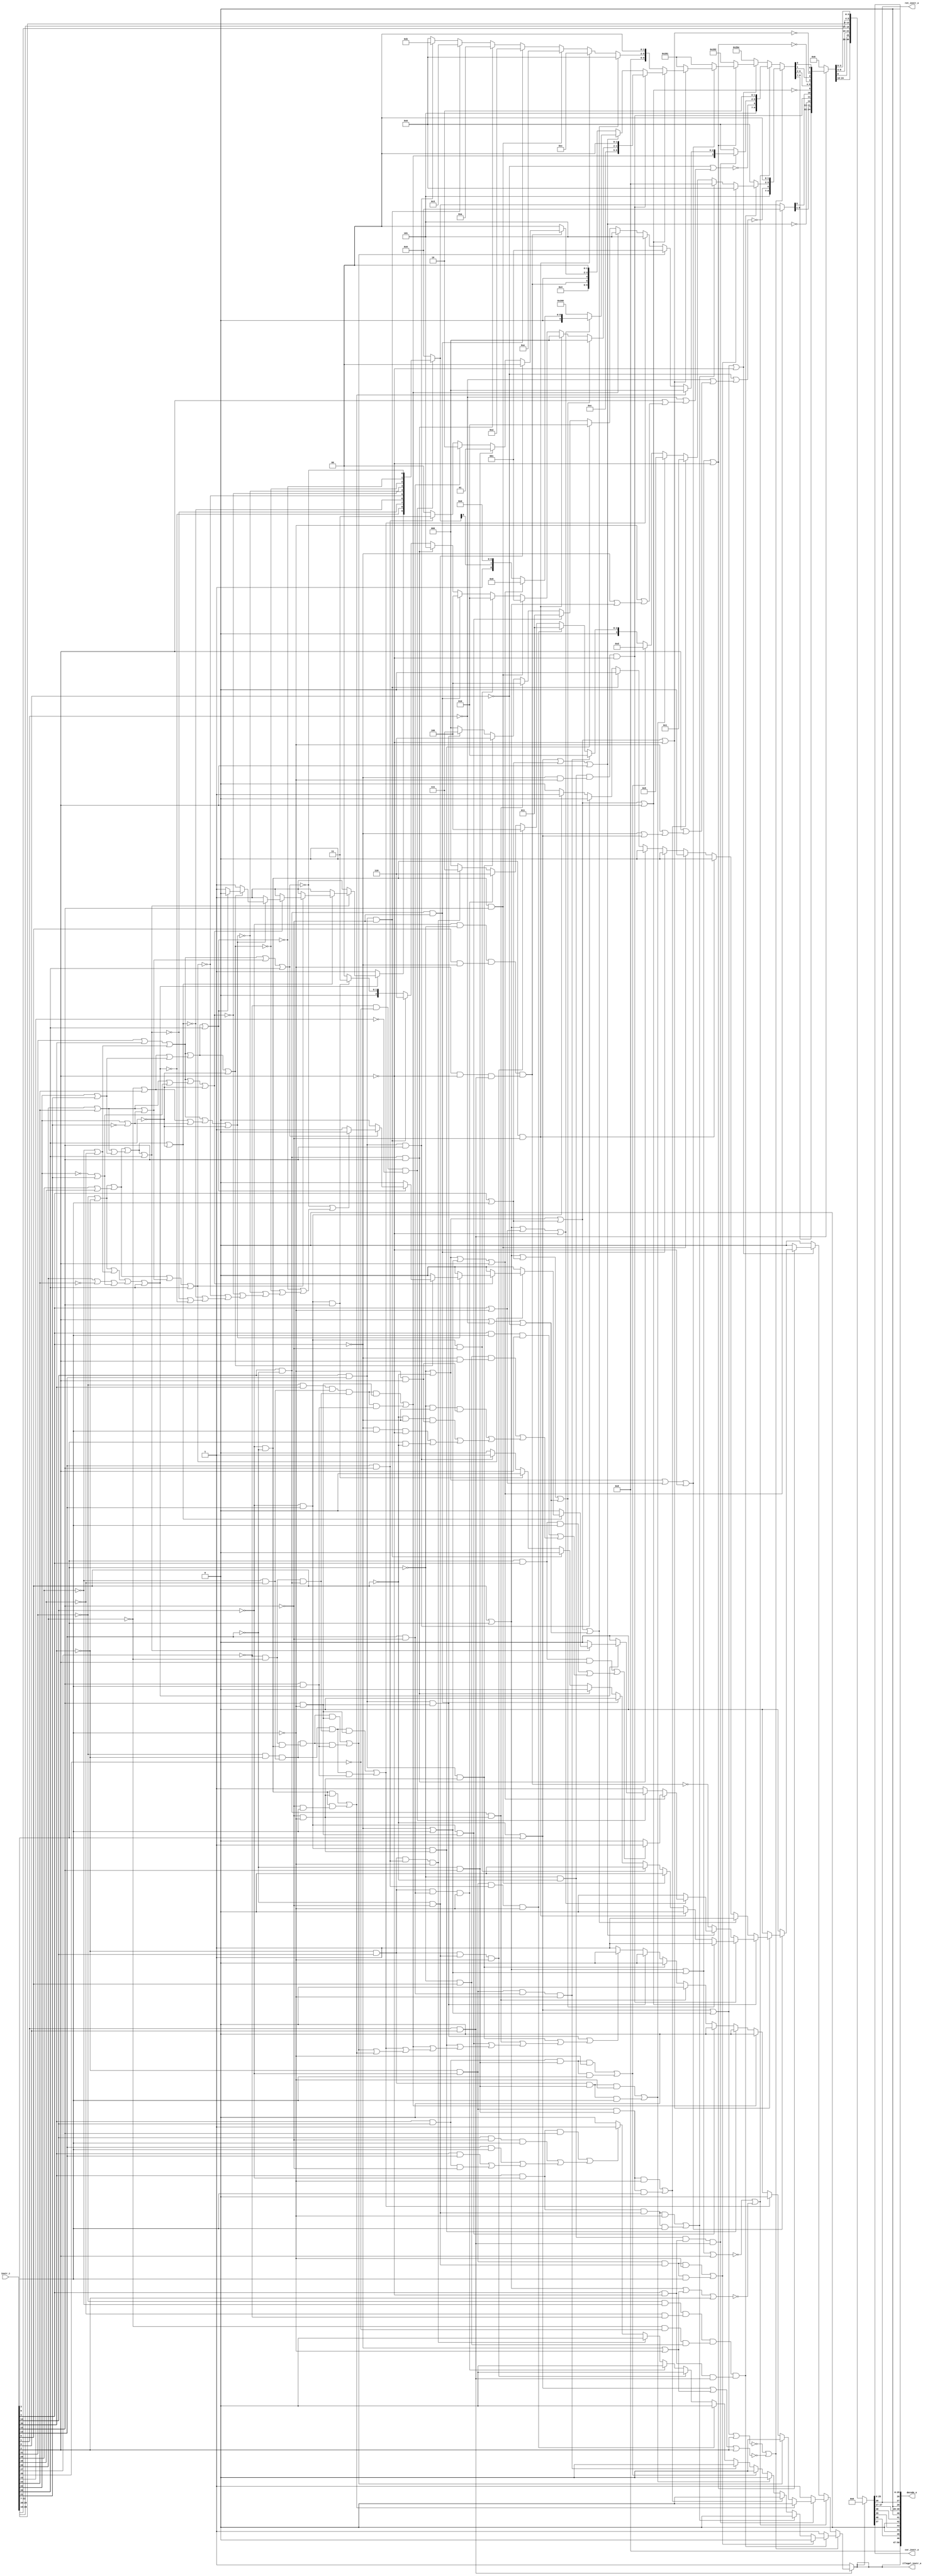
module bp_be_instr_decoder
(
  instr_i,
  decode_o,
  illegal_instr_o,
  ret_instr_o,
  csr_instr_o
);

  input [31:0] instr_i;
  output [50:0] decode_o;
  output illegal_instr_o;
  output ret_instr_o;
  output csr_instr_o;
  wire [50:0] decode_o;
  wire illegal_instr_o,ret_instr_o,csr_instr_o,N0,N1,N2,N3,N4,N5,N6,N7,N8,N9,N10,N11,
  N12,N13,N14,N15,N16,N17,N18,N19,N20,N21,N22,N23,N24,N25,N26,N27,N28,N29,N30,N31,
  N32,N33,N34,N35,N36,N37,N38,N39,N40,N41,N42,N43,N44,N45,N46,N47,N48,N49,N50,N51,
  N52,N53,N54,N55,N56,N57,N58,N59,N60,N61,N62,N63,N64,N65,N66,N67,N68,N69,N70,N71,
  N72,N73,N74,N75,N76,N77,N78,N79,N80,N81,N82,N83,N84,N85,N86,N87,N88,N89,N90,N91,
  N92,N93,N94,N95,N96,N97,N98,N99,N100,N101,N102,N103,N104,N105,N106,N107,N108,N109,
  N110,N111,N112,N113,N114,N115,N116,N117,N118,N119,N120,N121,N122,N123,N124,N125,
  N126,N127,N128,N129,N130,N131,N132,N133,N134,N135,N136,N137,N138,N139,N140,N141,
  N142,N143,N144,N145,N146,N147,N148,N149,N150,N151,N152,N153,N154,N155,N156,N157,
  N158,N159,N160,N161,N162,N163,N164,N165,N166,N167,N168,N169,N170,N171,N172,N173,
  N174,N175,N176,N177,N178,N179,N180,N181,N182,N183,N184,N185,N186,N187,N188,N189,
  N190,N191,N192,N193,N194,N195,N196,N197,N198,N199,N200,N201,N202,N203,N204,N205,
  N206,N207,N208,N209,N210,N211,N212,N213,N214,N215,N216,N217,N218,N219,N220,N221,
  N222,N223,N224,N225,N226,N227,N228,N229,N230,N231,N232,N233,N234,N235,N236,N237,
  N238,N239,N240,N241,N242,N243,N244,N245,N246,N247,N248,N249,N250,N251,N252,N253,
  N254,N255,N256,N257,N258,N259,N260,N261,N262,N263,N264,N265,N266,N267,N268,N269,
  N270,N271,N272,N273,N274,N275,N276,N277,N278,N279,N280,N281,N282,N283,N284,N285,
  N286,N287,N288,N289,N290,N291,N292,N293,N294,N295,N296,N297,N298,N299,N300,N301,
  N302,N303,N304,N305,N306,N307,N308,N309,N310,N311,N312,N313,N314,N315,N316,N317,
  N318,N319,N320,N321,N322,N323,N324,N325,N326,N327,N328,N329,N330,N331,N332,N333,
  N334,N335,N336,N337,N338,N339,N340,N341,N342,N343,N344,N345,N346,N347,N348,N349,
  N350,N351,N352,N353,N354,N355,N356,N357,N358,N359,N360,N361,N362,N363,N364,N365,
  N366,N367,N368,N369,N370,N371,N372,N373,N374,N375,N376,N377,N378,N379,N380,N381,
  N382,N383,N384,N385,N386,N387,N388,N389,N390,N391,N392,N393,N394,N395,N396,N397,
  N398,N399,N400,N401,N402,N403,N404,N405,N406,N407,N408,N409,N410,N411,N412,N413,
  N414,N415,N416,N417,N418,N419,N420,N421,N422,N423,N424,N425,N426,N427,N428,N429,
  N430,N431,N432,N433,N434,N435,N436,N437,N438,N439,N440,N441,N442,N443,N444,N445,
  N446,N447,N448,N449,N450,N451,N452,N453,N454,N455,N456,N457,N458;
  assign decode_o[50] = 1'b1;
  assign decode_o[26] = 1'b0;
  assign decode_o[28] = 1'b0;
  assign decode_o[40] = 1'b0;
  assign decode_o[42] = 1'b0;
  assign decode_o[44] = 1'b0;
  assign decode_o[47] = 1'b0;
  assign decode_o[48] = 1'b0;
  assign decode_o[49] = 1'b0;
  assign csr_instr_o = decode_o[39];
  assign ret_instr_o = decode_o[27];
  assign N65 = instr_i[1] & instr_i[0];
  assign N67 = instr_i[6] | N427;
  assign N68 = N428 | instr_i[3];
  assign N69 = N67 | N68;
  assign N70 = N69 | instr_i[2];
  assign N71 = N428 | N429;
  assign N72 = N67 | N71;
  assign N73 = N72 | instr_i[2];
  assign N75 = instr_i[6] | instr_i[5];
  assign N76 = N75 | N68;
  assign N77 = N76 | instr_i[2];
  assign N78 = N75 | N71;
  assign N79 = N78 | instr_i[2];
  assign N81 = N69 | N97;
  assign N83 = N76 | N97;
  assign N85 = N96 | N427;
  assign N86 = instr_i[4] | N429;
  assign N87 = N85 | N86;
  assign N88 = N87 | N97;
  assign N90 = instr_i[4] | instr_i[3];
  assign N91 = N85 | N90;
  assign N92 = N91 | N97;
  assign N94 = N91 | instr_i[2];
  assign N98 = N96 & N427;
  assign N99 = N428 & N429;
  assign N100 = N98 & N99;
  assign N101 = N100 & N97;
  assign N102 = N67 | N90;
  assign N103 = N102 | instr_i[2];
  assign N105 = N75 | N86;
  assign N106 = N105 | N97;
  assign N108 = N85 | N68;
  assign N109 = N108 | instr_i[2];
  assign N111 = instr_i[6] & instr_i[4];
  assign N112 = N111 & instr_i[2];
  assign N113 = N111 & instr_i[3];
  assign N114 = instr_i[4] & instr_i[3];
  assign N115 = N114 & instr_i[2];
  assign N116 = N96 & instr_i[5];
  assign N117 = N428 & instr_i[2];
  assign N118 = N116 & N117;
  assign N119 = N96 & N428;
  assign N120 = N429 & instr_i[2];
  assign N121 = N119 & N120;
  assign N122 = N427 & N428;
  assign N123 = N122 & N120;
  assign N124 = N428 & instr_i[3];
  assign N125 = N124 & N97;
  assign N126 = instr_i[6] & N427;
  assign N132 = N128 & N129;
  assign N133 = N130 & N303;
  assign N134 = N131 & N304;
  assign N135 = instr_i[4] & N97;
  assign N136 = N132 & N133;
  assign N137 = N134 & N116;
  assign N138 = N135 & N65;
  assign N139 = N136 & N137;
  assign N140 = N139 & N138;
  assign N142 = N163 & N294;
  assign N143 = N142 & N429;
  assign N144 = N142 & instr_i[3];
  assign N146 = N175 & N294;
  assign N147 = N146 & N429;
  assign N148 = N146 & instr_i[3];
  assign N150 = N163 & N295;
  assign N151 = N150 & N429;
  assign N152 = N150 & instr_i[3];
  assign N154 = N168 & N295;
  assign N155 = N154 & N429;
  assign N156 = N154 & instr_i[3];
  assign N158 = N181 & N295;
  assign N159 = N158 & N429;
  assign N160 = N158 & instr_i[3];
  assign N163 = N162 & N260;
  assign N164 = N163 & N296;
  assign N165 = N164 & N429;
  assign N166 = N163 & N297;
  assign N167 = N166 & N429;
  assign N168 = N162 & instr_i[14];
  assign N169 = N168 & N294;
  assign N170 = N169 & N429;
  assign N171 = N168 & N296;
  assign N172 = N171 & N429;
  assign N173 = N168 & N297;
  assign N174 = N173 & N429;
  assign N175 = instr_i[30] & N260;
  assign N176 = N175 & instr_i[12];
  assign N177 = instr_i[14] & N293;
  assign N178 = N177 & instr_i[3];
  assign N179 = instr_i[13] & instr_i[3];
  assign N180 = instr_i[30] & instr_i[13];
  assign N181 = instr_i[30] & instr_i[14];
  assign N182 = N181 & N293;
  assign N194 = N98 & N135;
  assign N195 = N194 & N65;
  assign N197 = N251 & N225;
  assign N198 = N293 & instr_i[3];
  assign N199 = N251 & N198;
  assign N201 = N214 & N251;
  assign N202 = N207 & N201;
  assign N203 = N202 & N227;
  assign N204 = N202 & N219;
  assign N206 = N128 & N162;
  assign N207 = N206 & N213;
  assign N208 = N207 & N216;
  assign N209 = N208 & N227;
  assign N210 = N208 & N219;
  assign N212 = N128 & instr_i[30];
  assign N213 = N129 & N130;
  assign N214 = N303 & N131;
  assign N215 = N212 & N213;
  assign N216 = N214 & N254;
  assign N217 = N215 & N216;
  assign N218 = N217 & N227;
  assign N219 = instr_i[12] & instr_i[3];
  assign N220 = N217 & N219;
  assign N222 = N261 & N225;
  assign N223 = N261 & N227;
  assign N224 = N254 & N225;
  assign N225 = N293 & N429;
  assign N226 = N257 & N225;
  assign N227 = instr_i[12] & N429;
  assign N228 = N257 & N227;
  assign N247 = instr_i[2] | N430;
  assign N248 = N247 | N431;
  assign N249 = N91 | N248;
  assign N251 = N260 & N292;
  assign N252 = N251 & N293;
  assign N253 = N251 & instr_i[12];
  assign N254 = instr_i[14] & N292;
  assign N255 = N254 & N293;
  assign N256 = N254 & instr_i[12];
  assign N257 = instr_i[14] & instr_i[13];
  assign N258 = N257 & N293;
  assign N259 = N257 & instr_i[12];
  assign N261 = N260 & instr_i[13];
  assign N272 = N75 | N90;
  assign N273 = N272 | N248;
  assign N275 = N261 & N293;
  assign N276 = N261 & instr_i[12];
  assign N285 = N260 & N96;
  assign N286 = instr_i[5] & N428;
  assign N287 = N429 & N97;
  assign N288 = N285 & N286;
  assign N289 = N287 & N65;
  assign N290 = N288 & N289;
  assign N294 = N292 & N293;
  assign N295 = N292 & instr_i[12];
  assign N296 = instr_i[13] & N293;
  assign N297 = instr_i[13] & instr_i[12];
  assign N306 = N303 & N304;
  assign N307 = N306 & N305;
  assign N310 = instr_i[26] | N309;
  assign N311 = N322 | N349;
  assign N312 = N310 | N329;
  assign N313 = N311 | N312;
  assign N314 = N313 | instr_i[20];
  assign N316 = N319 | instr_i[20];
  assign N318 = N350 | N342;
  assign N319 = N324 | N318;
  assign N320 = N319 | N338;
  assign N322 = N128 | N162;
  assign N323 = instr_i[29] | instr_i[28];
  assign N324 = N322 | N323;
  assign N325 = N324 | N353;
  assign N326 = N325 | instr_i[20];
  assign N329 = N328 | instr_i[21];
  assign N330 = N350 | N329;
  assign N331 = N352 | N330;
  assign N332 = N331 | N338;
  assign N334 = N341 | N351;
  assign N335 = N352 | N334;
  assign N336 = N335 | N338;
  assign N339 = N344 | N338;
  assign N341 = N131 | instr_i[24];
  assign N342 = instr_i[22] | instr_i[21];
  assign N343 = N341 | N342;
  assign N344 = N352 | N343;
  assign N345 = N344 | instr_i[20];
  assign N348 = instr_i[31] | instr_i[30];
  assign N349 = N129 | N130;
  assign N350 = instr_i[26] | instr_i[24];
  assign N351 = instr_i[22] | N347;
  assign N352 = N348 | N349;
  assign N353 = N350 | N351;
  assign N354 = N352 | N353;
  assign N355 = N354 | instr_i[20];
  assign N427 = ~instr_i[5];
  assign N428 = ~instr_i[4];
  assign N429 = ~instr_i[3];
  assign N430 = ~instr_i[1];
  assign N431 = ~instr_i[0];
  assign N432 = N427 | instr_i[6];
  assign N433 = N428 | N432;
  assign N434 = N429 | N433;
  assign N435 = instr_i[2] | N434;
  assign N436 = N430 | N435;
  assign N437 = N431 | N436;
  assign N438 = ~N437;
  assign N439 = instr_i[5] | instr_i[6];
  assign N440 = N428 | N439;
  assign N441 = N429 | N440;
  assign N442 = instr_i[2] | N441;
  assign N443 = N430 | N442;
  assign N444 = N431 | N443;
  assign N445 = ~N444;
  assign { N187, N186, N185, N184 } = (N0)? { 1'b0, 1'b0, 1'b0, 1'b0 } :
                                      (N1)? { 1'b1, 1'b0, 1'b0, 1'b0 } :
                                      (N2)? { 1'b0, 1'b0, 1'b0, 1'b1 } :
                                      (N3)? { 1'b0, 1'b1, 1'b0, 1'b1 } :
                                      (N4)? { 1'b1, 1'b1, 1'b0, 1'b1 } :
                                      (N5)? { 1'b0, 1'b0, 1'b1, 1'b0 } :
                                      (N6)? { 1'b0, 1'b0, 1'b1, 1'b1 } :
                                      (N7)? { 1'b0, 1'b1, 1'b0, 1'b0 } :
                                      (N8)? { 1'b0, 1'b1, 1'b1, 1'b0 } :
                                      (N9)? { 1'b0, 1'b1, 1'b1, 1'b1 } :
                                      (N10)? { 1'b0, 1'b0, 1'b0, 1'b0 } : 1'b0;
  assign N0 = N145;
  assign N1 = N149;
  assign N2 = N153;
  assign N3 = N157;
  assign N4 = N161;
  assign N5 = N165;
  assign N6 = N167;
  assign N7 = N170;
  assign N8 = N172;
  assign N9 = N174;
  assign N10 = N183;
  assign N188 = (N0)? 1'b0 :
                (N1)? 1'b0 :
                (N2)? 1'b0 :
                (N3)? 1'b0 :
                (N4)? 1'b0 :
                (N5)? 1'b0 :
                (N6)? 1'b0 :
                (N7)? 1'b0 :
                (N8)? 1'b0 :
                (N9)? 1'b0 :
                (N10)? 1'b1 : 1'b0;
  assign { N192, N191, N190, N189 } = (N11)? { N187, N186, N185, N184 } :
                                      (N141)? { 1'b0, 1'b0, 1'b0, 1'b0 } : 1'b0;
  assign N11 = N140;
  assign N193 = (N11)? N188 :
                (N141)? 1'b1 : 1'b0;
  assign { N240, N239, N238 } = (N12)? { 1'b0, 1'b0, 1'b0 } :
                                (N13)? { 1'b0, 1'b0, 1'b1 } :
                                (N14)? { 1'b1, 1'b0, 1'b1 } :
                                (N15)? { 1'b1, 1'b0, 1'b1 } :
                                (N16)? { 1'b0, 1'b1, 1'b0 } :
                                (N17)? { 1'b0, 1'b1, 1'b1 } :
                                (N18)? { 1'b1, 1'b0, 1'b0 } :
                                (N19)? { 1'b1, 1'b1, 1'b0 } :
                                (N20)? { 1'b1, 1'b1, 1'b1 } :
                                (N237)? { 1'b0, 1'b0, 1'b0 } : 1'b0;
  assign N12 = N200;
  assign N13 = N205;
  assign N14 = N211;
  assign N15 = N221;
  assign N16 = N222;
  assign N17 = N223;
  assign N18 = N224;
  assign N19 = N226;
  assign N20 = N228;
  assign N241 = (N12)? 1'b0 :
                (N13)? 1'b0 :
                (N14)? 1'b0 :
                (N15)? 1'b0 :
                (N16)? 1'b0 :
                (N17)? 1'b0 :
                (N18)? 1'b0 :
                (N19)? 1'b0 :
                (N20)? 1'b0 :
                (N237)? 1'b1 : 1'b0;
  assign { N245, N244, N243, N242 } = (N21)? { N221, N240, N239, N238 } :
                                      (N196)? { 1'b0, 1'b0, 1'b0, 1'b0 } : 1'b0;
  assign N21 = N195;
  assign N246 = (N21)? N241 :
                (N196)? 1'b1 : 1'b0;
  assign { N265, N264, N263, N262 } = (N22)? { 1'b1, 1'b1, 1'b0, 1'b0 } :
                                      (N23)? { 1'b1, 1'b1, 1'b1, 1'b0 } :
                                      (N24)? { 1'b0, 1'b0, 1'b1, 1'b0 } :
                                      (N25)? { 1'b1, 1'b0, 1'b1, 1'b0 } :
                                      (N26)? { 1'b0, 1'b0, 1'b1, 1'b1 } :
                                      (N27)? { 1'b1, 1'b0, 1'b1, 1'b1 } :
                                      (N28)? { 1'b0, 1'b0, 1'b0, 1'b0 } : 1'b0;
  assign N22 = N252;
  assign N23 = N253;
  assign N24 = N255;
  assign N25 = N256;
  assign N26 = N258;
  assign N27 = N259;
  assign N28 = N261;
  assign N266 = (N22)? 1'b0 :
                (N23)? 1'b0 :
                (N24)? 1'b0 :
                (N25)? 1'b0 :
                (N26)? 1'b0 :
                (N27)? 1'b0 :
                (N28)? 1'b1 : 1'b0;
  assign { N270, N269, N268, N267 } = (N29)? { N265, N264, N263, N262 } :
                                      (N30)? { 1'b0, 1'b0, 1'b0, 1'b0 } : 1'b0;
  assign N29 = N250;
  assign N30 = N249;
  assign N271 = (N29)? N266 :
                (N30)? 1'b1 : 1'b0;
  assign { N279, N278, N277 } = (N22)? { 1'b0, 1'b0, 1'b0 } :
                                (N23)? { 1'b0, 1'b0, 1'b1 } :
                                (N31)? { 1'b0, 1'b1, 1'b0 } :
                                (N24)? { 1'b1, 1'b0, 1'b0 } :
                                (N25)? { 1'b1, 1'b0, 1'b1 } :
                                (N26)? { 1'b1, 1'b1, 1'b0 } :
                                (N32)? { 1'b0, 1'b1, 1'b1 } :
                                (N27)? { 1'b0, 1'b0, 1'b0 } : 1'b0;
  assign N31 = N275;
  assign N32 = N276;
  assign N280 = (N22)? 1'b0 :
                (N23)? 1'b0 :
                (N31)? 1'b0 :
                (N24)? 1'b0 :
                (N25)? 1'b0 :
                (N26)? 1'b0 :
                (N32)? 1'b0 :
                (N27)? 1'b1 : 1'b0;
  assign { N283, N282, N281 } = (N33)? { N279, N278, N277 } :
                                (N34)? { 1'b0, 1'b0, 1'b0 } : 1'b0;
  assign N33 = N274;
  assign N34 = N273;
  assign N284 = (N33)? N280 :
                (N34)? 1'b1 : 1'b0;
  assign { N299, N298 } = (N35)? { 1'b0, 1'b0 } :
                          (N36)? { 1'b0, 1'b1 } :
                          (N37)? { 1'b1, 1'b0 } :
                          (N38)? { 1'b1, 1'b1 } : 1'b0;
  assign N35 = N294;
  assign N36 = N295;
  assign N37 = N296;
  assign N38 = N297;
  assign { N301, N300 } = (N39)? { N299, N298 } :
                          (N291)? { 1'b0, 1'b0 } : 1'b0;
  assign N39 = N290;
  assign N302 = ~N290;
  assign N366 = (N40)? 1'b1 :
                (N41)? 1'b1 :
                (N42)? 1'b1 :
                (N43)? 1'b1 :
                (N44)? 1'b1 :
                (N45)? 1'b1 :
                (N46)? 1'b1 :
                (N47)? 1'b1 :
                (N48)? 1'b0 :
                (N365)? 1'b0 : 1'b0;
  assign N40 = N315;
  assign N41 = N317;
  assign N42 = N321;
  assign N43 = N327;
  assign N44 = N333;
  assign N45 = N337;
  assign N46 = N340;
  assign N47 = N346;
  assign N48 = N356;
  assign N367 = (N40)? 1'b0 :
                (N41)? 1'b0 :
                (N42)? 1'b0 :
                (N43)? 1'b0 :
                (N44)? 1'b0 :
                (N45)? 1'b0 :
                (N46)? 1'b0 :
                (N47)? 1'b0 :
                (N48)? 1'b0 :
                (N365)? 1'b1 : 1'b0;
  assign { N377, N376, N375, N374, N373, N372, N371, N370, N369, N368 } = (N49)? { N366, N315, N317, N321, N327, N333, N337, N340, N346, N356 } :
                                                                          (N308)? { 1'b0, 1'b0, 1'b0, 1'b0, 1'b0, 1'b0, 1'b0, 1'b0, 1'b0, 1'b0 } : 1'b0;
  assign N49 = N307;
  assign N378 = (N49)? N367 :
                (N308)? 1'b1 : 1'b0;
  assign { N399, N398, N397, N385, N384, N383, N382, N381, N380, N379 } = (N50)? { 1'b1, 1'b0, 1'b1, N438, N192, N191, N190, N189, 1'b0, 1'b0 } :
                                                                          (N51)? { 1'b1, 1'b0, 1'b1, N445, N245, N244, N243, N242, 1'b1, 1'b0 } :
                                                                          (N52)? { 1'b1, 1'b0, 1'b1, 1'b0, 1'b1, 1'b1, 1'b1, 1'b1, 1'b1, 1'b0 } :
                                                                          (N53)? { 1'b1, 1'b0, 1'b1, 1'b0, 1'b0, 1'b0, 1'b0, 1'b0, 1'b1, 1'b0 } :
                                                                          (N54)? { 1'b1, 1'b0, 1'b1, 1'b0, 1'b0, 1'b0, 1'b0, 1'b0, 1'b0, 1'b1 } :
                                                                          (N55)? { 1'b1, 1'b0, 1'b1, 1'b0, 1'b0, 1'b0, 1'b0, 1'b0, 1'b0, 1'b1 } :
                                                                          (N56)? { 1'b1, 1'b0, 1'b0, 1'b0, N270, N269, N268, N267, 1'b0, 1'b0 } :
                                                                          (N57)? { 1'b0, 1'b1, 1'b1, 1'b0, 1'b0, N283, N282, N281, 1'b0, 1'b0 } :
                                                                          (N58)? { 1'b0, 1'b1, 1'b0, 1'b0, N290, 1'b0, N301, N300, 1'b0, 1'b0 } :
                                                                          (N59)? { 1'b1, 1'b0, 1'b0, 1'b0, 1'b0, 1'b0, 1'b0, 1'b0, 1'b0, 1'b0 } :
                                                                          (N60)? { 1'b0, 1'b1, N377, 1'b0, 1'b0, 1'b0, 1'b0, 1'b0, 1'b0, 1'b0 } :
                                                                          (N61)? { 1'b0, 1'b0, 1'b0, 1'b0, 1'b0, 1'b0, 1'b0, 1'b0, 1'b0, 1'b0 } : 1'b0;
  assign N50 = N74;
  assign N51 = N80;
  assign N52 = N82;
  assign N53 = N84;
  assign N54 = N89;
  assign N55 = N93;
  assign N56 = N95;
  assign N57 = N101;
  assign N58 = N104;
  assign N59 = N107;
  assign N60 = N110;
  assign N61 = N127;
  assign { N396, N395, N394, N393, N392, N391, N390, N389, N388, N387 } = (N60)? { N377, N376, N375, N374, N373, N372, N371, N370, N369, N368 } :
                                                                          (N386)? { 1'b0, 1'b0, 1'b0, 1'b0, 1'b0, 1'b0, 1'b0, 1'b0, 1'b0, 1'b0 } : 1'b0;
  assign N400 = (N50)? N193 :
                (N51)? N246 :
                (N52)? 1'b0 :
                (N53)? 1'b0 :
                (N54)? 1'b0 :
                (N55)? 1'b0 :
                (N56)? N271 :
                (N57)? N284 :
                (N58)? N302 :
                (N59)? 1'b0 :
                (N60)? N378 :
                (N61)? 1'b1 : 1'b0;
  assign { N425, N424, N423, N422, N421, N420, N419, N418, N417, N416, N415, N414, N413, N412, N411, N410, N409, N408, N407, N406, N405, N404, N403, N402, N401 } = (N62)? { N399, N398, N397, N396, N395, N394, N393, N392, N391, N390, N389, N388, N104, N101, N387, N95, N385, N384, N383, N382, N381, N84, N380, N93, N379 } :
                                                                                                                                                                    (N66)? { 1'b0, 1'b0, 1'b0, 1'b0, 1'b0, 1'b0, 1'b0, 1'b0, 1'b0, 1'b0, 1'b0, 1'b0, 1'b0, 1'b0, 1'b0, 1'b0, 1'b0, 1'b0, 1'b0, 1'b0, 1'b0, 1'b0, 1'b0, 1'b0, 1'b0 } : 1'b0;
  assign N62 = N65;
  assign illegal_instr_o = (N62)? N400 :
                           (N66)? 1'b1 : 1'b0;
  assign { decode_o[45:45], decode_o[43:43], decode_o[41:41], decode_o[39:29], decode_o[27:27], decode_o[25:0] } = (N63)? { 1'b0, 1'b0, 1'b0, 1'b0, 1'b0, 1'b0, 1'b0, 1'b0, 1'b0, 1'b0, 1'b0, 1'b0, 1'b0, 1'b0, 1'b0, 1'b0, 1'b0, 1'b0, 1'b0, 1'b0, 1'b0, 1'b0, 1'b0, 1'b0, 1'b0, 1'b0, 1'b0, 1'b0, 1'b0, 1'b0, 1'b0, 1'b0, 1'b0, 1'b0, 1'b0, 1'b0, 1'b0, 1'b0, 1'b0, 1'b0, 1'b0 } :
                                                                                                                   (N64)? { N425, N424, N423, N422, N421, N420, N419, N418, N417, N416, N415, N414, N413, N412, N411, N401, N410, N409, N408, N407, N406, N405, instr_i[19:15], instr_i[24:20], instr_i[11:7], N404, N403, N402, N401 } : 1'b0;
  assign N63 = decode_o[46];
  assign N64 = N426;
  assign N66 = ~N65;
  assign N74 = N446 | N447;
  assign N446 = ~N70;
  assign N447 = ~N73;
  assign N80 = N448 | N449;
  assign N448 = ~N77;
  assign N449 = ~N79;
  assign N82 = ~N81;
  assign N84 = ~N83;
  assign N89 = ~N88;
  assign N93 = ~N92;
  assign N95 = ~N94;
  assign N96 = ~instr_i[6];
  assign N97 = ~instr_i[2];
  assign N104 = ~N103;
  assign N107 = ~N106;
  assign N110 = ~N109;
  assign N127 = N112 | N455;
  assign N455 = N113 | N454;
  assign N454 = N115 | N453;
  assign N453 = N118 | N452;
  assign N452 = N121 | N451;
  assign N451 = N123 | N450;
  assign N450 = N125 | N126;
  assign N128 = ~instr_i[31];
  assign N129 = ~instr_i[29];
  assign N130 = ~instr_i[28];
  assign N131 = ~instr_i[26];
  assign N141 = ~N140;
  assign N145 = N143 | N144;
  assign N149 = N147 | N148;
  assign N153 = N151 | N152;
  assign N157 = N155 | N156;
  assign N161 = N159 | N160;
  assign N162 = ~instr_i[30];
  assign N183 = N176 | N458;
  assign N458 = N178 | N457;
  assign N457 = N179 | N456;
  assign N456 = N180 | N182;
  assign N196 = ~N195;
  assign N200 = N197 | N199;
  assign N205 = N203 | N204;
  assign N211 = N209 | N210;
  assign N221 = N218 | N220;
  assign N229 = N205 | N200;
  assign N230 = N211 | N229;
  assign N231 = N221 | N230;
  assign N232 = N222 | N231;
  assign N233 = N223 | N232;
  assign N234 = N224 | N233;
  assign N235 = N226 | N234;
  assign N236 = N228 | N235;
  assign N237 = ~N236;
  assign N250 = ~N249;
  assign N260 = ~instr_i[14];
  assign N274 = ~N273;
  assign N291 = ~N290;
  assign N292 = ~instr_i[13];
  assign N293 = ~instr_i[12];
  assign N303 = ~instr_i[27];
  assign N304 = ~instr_i[25];
  assign N305 = ~instr_i[23];
  assign N308 = ~N307;
  assign N309 = ~instr_i[24];
  assign N315 = ~N314;
  assign N317 = ~N316;
  assign N321 = ~N320;
  assign N327 = ~N326;
  assign N328 = ~instr_i[22];
  assign N333 = ~N332;
  assign N337 = ~N336;
  assign N338 = ~instr_i[20];
  assign N340 = ~N339;
  assign N346 = ~N345;
  assign N347 = ~instr_i[21];
  assign N356 = ~N355;
  assign N357 = N317 | N315;
  assign N358 = N321 | N357;
  assign N359 = N327 | N358;
  assign N360 = N333 | N359;
  assign N361 = N337 | N360;
  assign N362 = N340 | N361;
  assign N363 = N346 | N362;
  assign N364 = N356 | N363;
  assign N365 = ~N364;
  assign N386 = N109;
  assign N426 = ~illegal_instr_o;
  assign decode_o[46] = illegal_instr_o;

endmodule